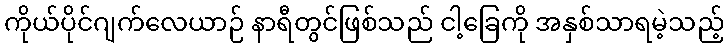
ကိုယ်ပိုင်ဂျက်လေယာဉ် နာရီတွင်ဖြစ်သည် ငါ့ခြေကို အနှစ်သာရမဲ့သည့်